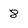
Character: 8